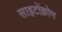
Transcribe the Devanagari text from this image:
साइटोंक्रोम